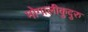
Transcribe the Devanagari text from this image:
मोगालीकुदुरु